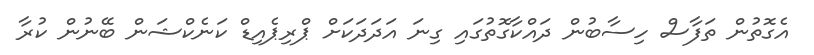
އެގޮތުން ތަފާސް ހިސާބުން ދައްކާގޮތުގައި ގިނަ އަދަދަކަށް ޕްރިޕެއިޑް ކަނެކްޝަން ބޭނުން ކުރާ